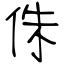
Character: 侏